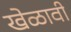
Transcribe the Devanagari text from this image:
खेळावी